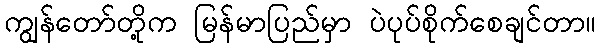
ကျွန်တော်တို့က မြန်မာပြည်မှာ ပဲပုပ်စိုက်စေချင်တာ။